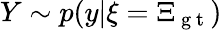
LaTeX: Y\sim p(y|\xi=\Xi_{\mathrm{~g~t~}})